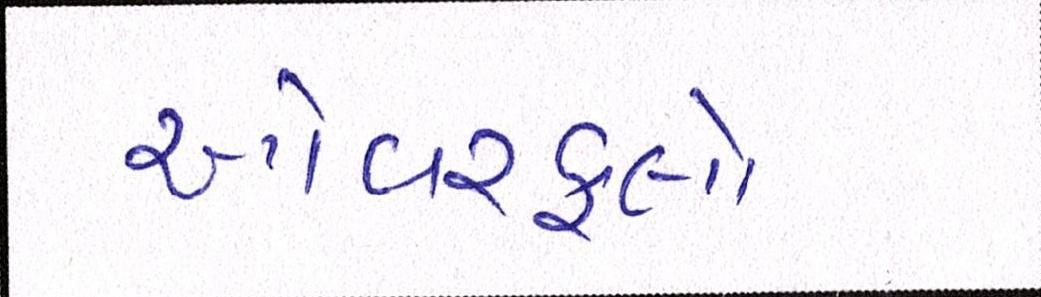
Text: ઓવરફ્લો